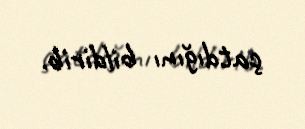
çatdığını bildirib.